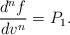
\begin{align*} \frac{d^nf}{dv^n}=P_1.\end{align*}